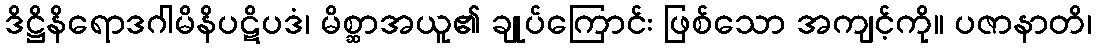
ဒိဋ္ဌိနိရောဒဂါမိနိပဋိပဒံ၊ မိစ္ဆာအယူ၏ ချုပ်ကြောင်း ဖြစ်သော အကျင့်ကို။ ပဇာနာတိ၊